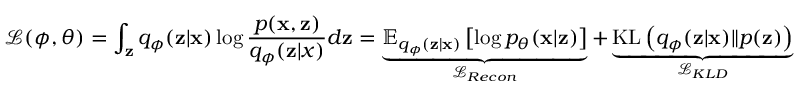
\mathcal { L } ( \phi , \theta ) = \int _ { \mathbf { z } } q _ { \phi } ( \mathbf { z } | \mathbf { x } ) \log \frac { p ( \mathbf { x } , \mathbf { z } ) } { q _ { \phi } ( \mathbf { z } | x ) } d \mathbf { z } = \underbrace { \mathbb { E } _ { q _ { \phi } ( \mathbf { z } | \mathbf { x } ) } \left[ \log p _ { \theta } ( \mathbf { x } | \mathbf { z } ) \right] } _ { \mathcal { L } _ { R e c o n } } + \underbrace { \mathrm { K L } \left( q _ { \phi } ( \mathbf { z } | \mathbf { x } ) \| p ( \mathbf { z } ) \right) } _ { \mathcal { L } _ { K L D } }